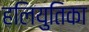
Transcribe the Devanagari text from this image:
हलियुतिका